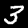
Digit: 3